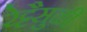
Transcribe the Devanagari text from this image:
रेट्टैसुळी